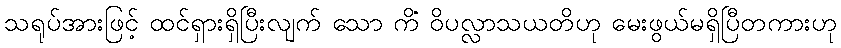
သရုပ်အားဖြင့် ထင်ရှားရှိပြီးလျက် သော ကိံ ဝိပလ္လာသယတိဟု မေးဖွယ်မရှိပြီတကားဟု